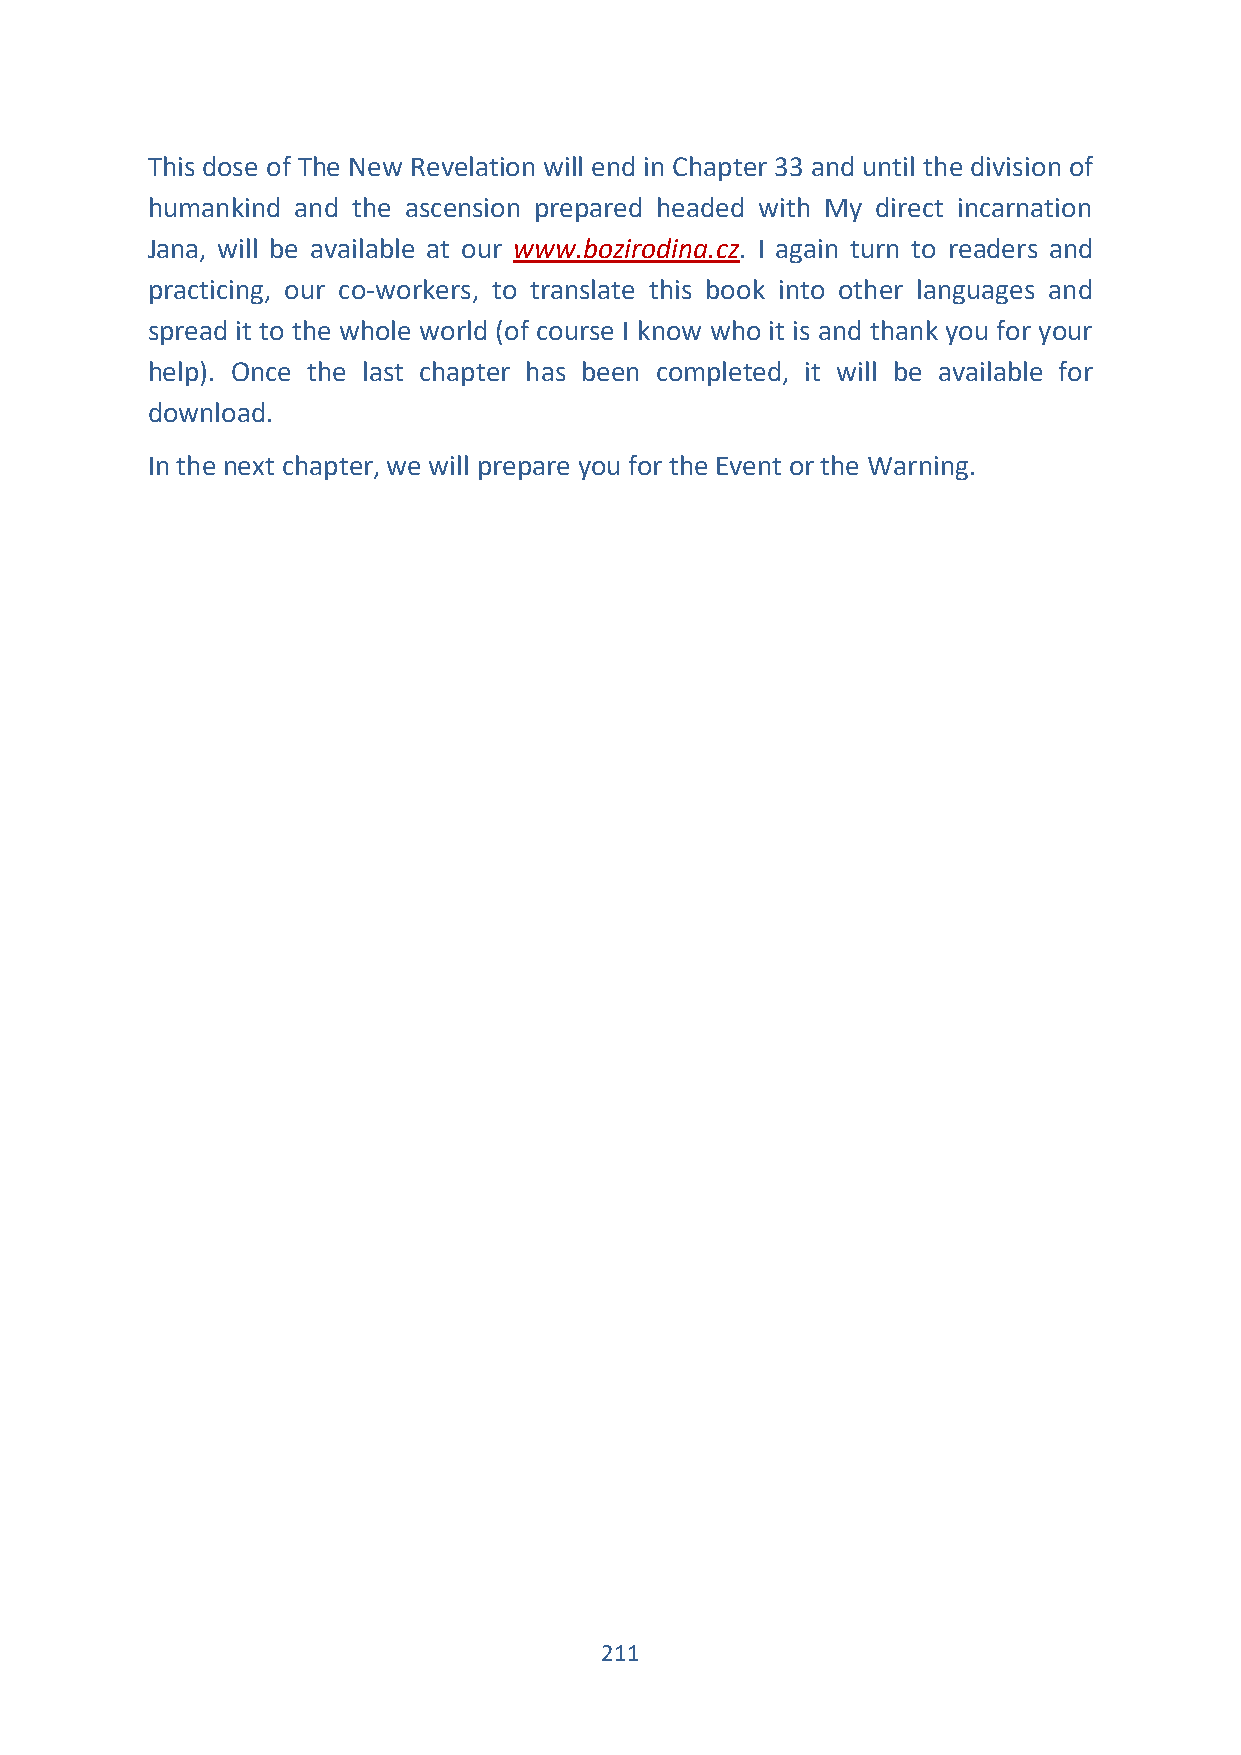
This dose of The New Revelation will end in Chapter 33 and until the division of
 humankind and the ascension prepared headed with My direct incarnation
 Jana, will be available at our www.bozirodina.cz. I again turn to readers and
 practicing, our co-workers, to translate this book into other languages and
 spread it to the whole world (of course I know who it is and thank you for your
 help). Once the last chapter has been completed, it will be available for
 download.
 In the next chapter, we will prepare you for the Event or the Warning.
 211